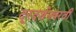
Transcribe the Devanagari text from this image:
दूरदर्शनवरती